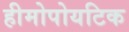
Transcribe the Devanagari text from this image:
हीमोपोयटिक